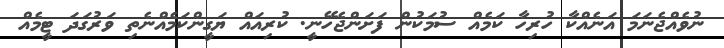
ނުވެއްޖެނަމަ އަނެއްކާ ހުރިހާ ކަމެއް ސުމަކުން ފަށަންޖެހޭނީ. ކުރިއައް ޔަގީންކަމެއްނެތި ވަރުގަދަ ޓީމެއް